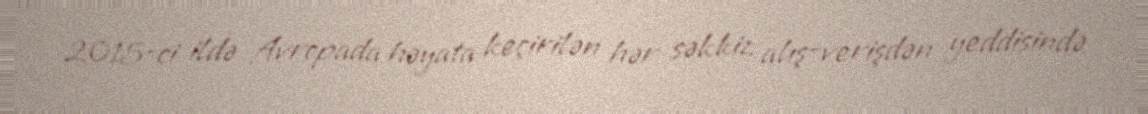
2015-ci ildə Avropada həyata keçirilən hər səkkiz alış-verişdən yeddisində